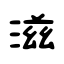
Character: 滋